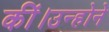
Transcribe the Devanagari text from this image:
कीं।उन्होने